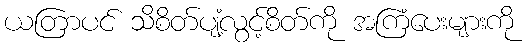
ယတြာပင် သိစိတ်ပျံ့လွင့်စိတ်ကို အကြံပေးများကို